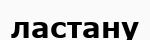
ластану